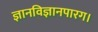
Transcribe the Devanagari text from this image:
ज्ञानविज्ञानपारग।